Civil Veterinary Department Bihar reports 1940-50 - 1940-1950
Year: 1940
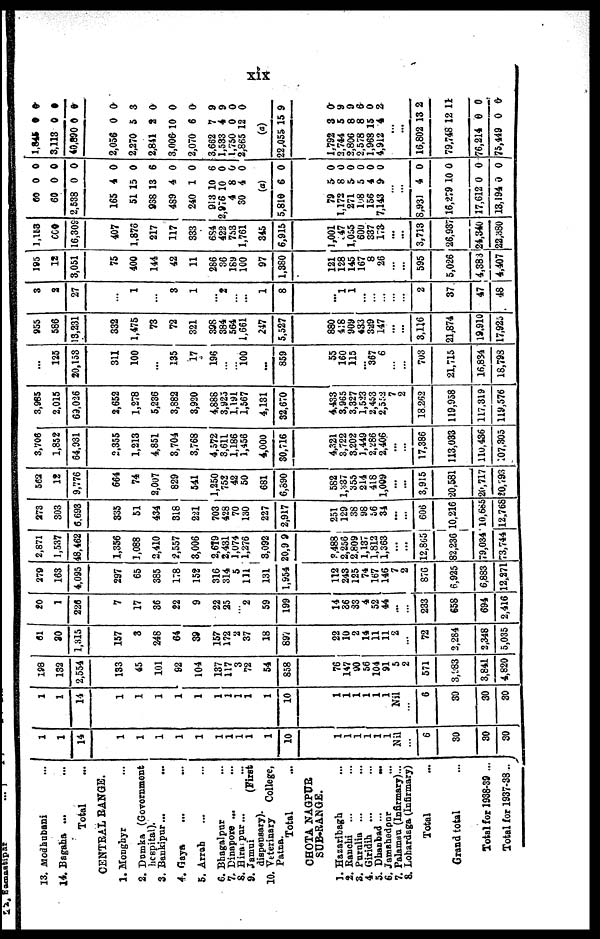
xix
13. Modhubani …
14. Bagaha ... …
Total …
CENTRAL RANGE.
1. Monghyr …
2. Dumka (Government
hospital).
3. Bankipur...
...
4. Gaya … …
5. Arrah … …
6. Bhagalpur
7. Dinapore ... …
8. Hiranpur...
9. Jamui
(First
dispensary).
10. Veterinary
College,
Patna.
Total …
CHOTA NAGPUR
SUB-RANGE.
1. Hazaribagh …
2. Ranchi … …
3. Purnlia ... …
4. Giridih
...
5. Dhanbad ... …
6. Jamshedpur …
7. Palamau (Infirmary)...
8. Lohardaga (Infirmary)
Total ...
Grand total ...
Total for 1938-39 ...
Total for 1937-38 ..
1
1
14
1
1
1
1
1
…
…
… 1
1
1
10
1
1
1
1
1
1
Nil
6
30
30
30
1
1
14
1
1
1
1
1
1
1
…
1
1
10
1
1
1
1
1
1
Nil
6
30
30
30
198
132
2,554
133
45
101
92
104
137
117
…
72
54
858
76
147
90
56
104
91 5
2
571
3,383
3,841
4,820
61
30
1,315
157
3
248
64
39
157
172
2
37
18
89V
22
10
2
14
11
11
2
…
72
2,284
2,348
5,035
20
1
220
7
17
36
22
9
22
25
…
2
59
199
14
86
33
4
52
44
...
…
233
658
694
2,416
279
163
4,095
297
65
385
178
152
316
314
5
111
131
1,954
112
243
125
74
167
146
7
2
876
6,925
6,883
12,271
2,871
1,537
48,462
1,356
1,088
2,410
2,557
3,006
2,619
2,431
1,074
1,276
3,092
20,9 9
8,488
2,256
2.809
1,137
1,812
1,363
…
...
12,865
82,236
79,034
73,744
273
303
6,693
335
51
434
318
221
703
428
70
130
227
2,917
251
129
38
98
56
34
...
…
606
10,216
10,685
12.768
562
12
9,776
664
74
2,007
829
541
1,250
752
42
50
681
6,690
582
1,337
355
214
418
1,009
...
...
3,915
20,581
20,717
20,793
3,706
1,852
64,931
2,355
1,213
4,851
3,704
3,768
4,572
3,611
1,186
1,456
4,000
30,716
4,321
3,722
3,202
1,449
2,286
2,406
...
…
17,386
113,033
110,436
107,305
3,985
2,015
69,026
2,652
1,278
5,236
3,882
3,920
4,888
3,925
1,191
1,567
4,131
32,670
4,433
3,965
3,327
1,523
2,453
2,552
2
…
18.262
119,958
117,319
119,576
...
125
20,153
311
100
…
135
17
196
…
… 100
...
859
55
160
115
…
367
6
…
…
703
21,715
16.834
18,793
955
586
13,231
332
1,475
73
72
321
398
384
564
1,661
247
5,527
880
418
909
433
349
147
...
…
3,116
21,874
19.910
17,925
3
2
27
…
1
…
3
1
…
2
...
1
8
…
1 1
…
…
…
…
…
2
37
47
48
195
12
3,051
75
400
144
42
11
286
36
189
100
97
1,380
121
128
145
167
8
26
…
…
595
5,026
4,388
4,407
1,153
660
16,309
407
1,876
217
117
333
6S4
422
753
1,761
345
6,915
1,001
47
1,055
600
337
173
…
-
3,713
26,937
24,340
22,380
60 0
60 0
2,538 0
165 4
51 15
938 13
489 4
240 1
913 10
2,976 10
4 8
30 4
(a)
5,810 6
79 5
1,172 8
271 5
108 5
156 4
7,143 9
…
…
8,931 4
16,279 10
17,612 0
13,194 0
0
0
0
0
0
6
0
0
6
0
0
0
0
0
0
0
0
0
0
0
0
0
0
1,845 0 0
3,113 0 0
40,890 0 0
2,056 0 0
2,270 5 3
2,841 2 0
3,006 10 0
2,070 6 0
3,662 7 9
1,533 4 9
1,750 0 0
2,865 12 0
(a)
22,055 15 9
1,792 3 0
2,744 5 9
2,806 8 9
2,578 8 6
1,968 15 0
4,912 4 2
…
…
16,802 13 2
79,748 12 11
76,214
0 0
75,449 0 0